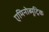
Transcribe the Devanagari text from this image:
एमिनोब्यूट्रिक